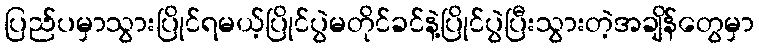
ပြည်ပမှာသွားပြိုင်ရမယ့်ပြိုင်ပွဲမတိုင်ခင်နဲ့ပြိုင်ပွဲပြီးသွားတဲ့အချိန်တွေမှာ